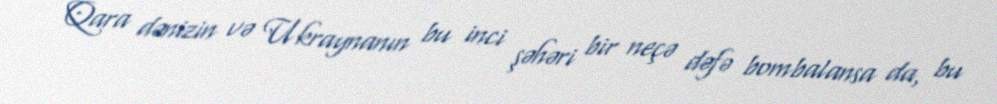
Qara dənizin və Ukraynanın bu inci şəhəri bir neçə dəfə bombalansa da, bu